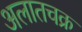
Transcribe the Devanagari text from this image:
अलातचक्र